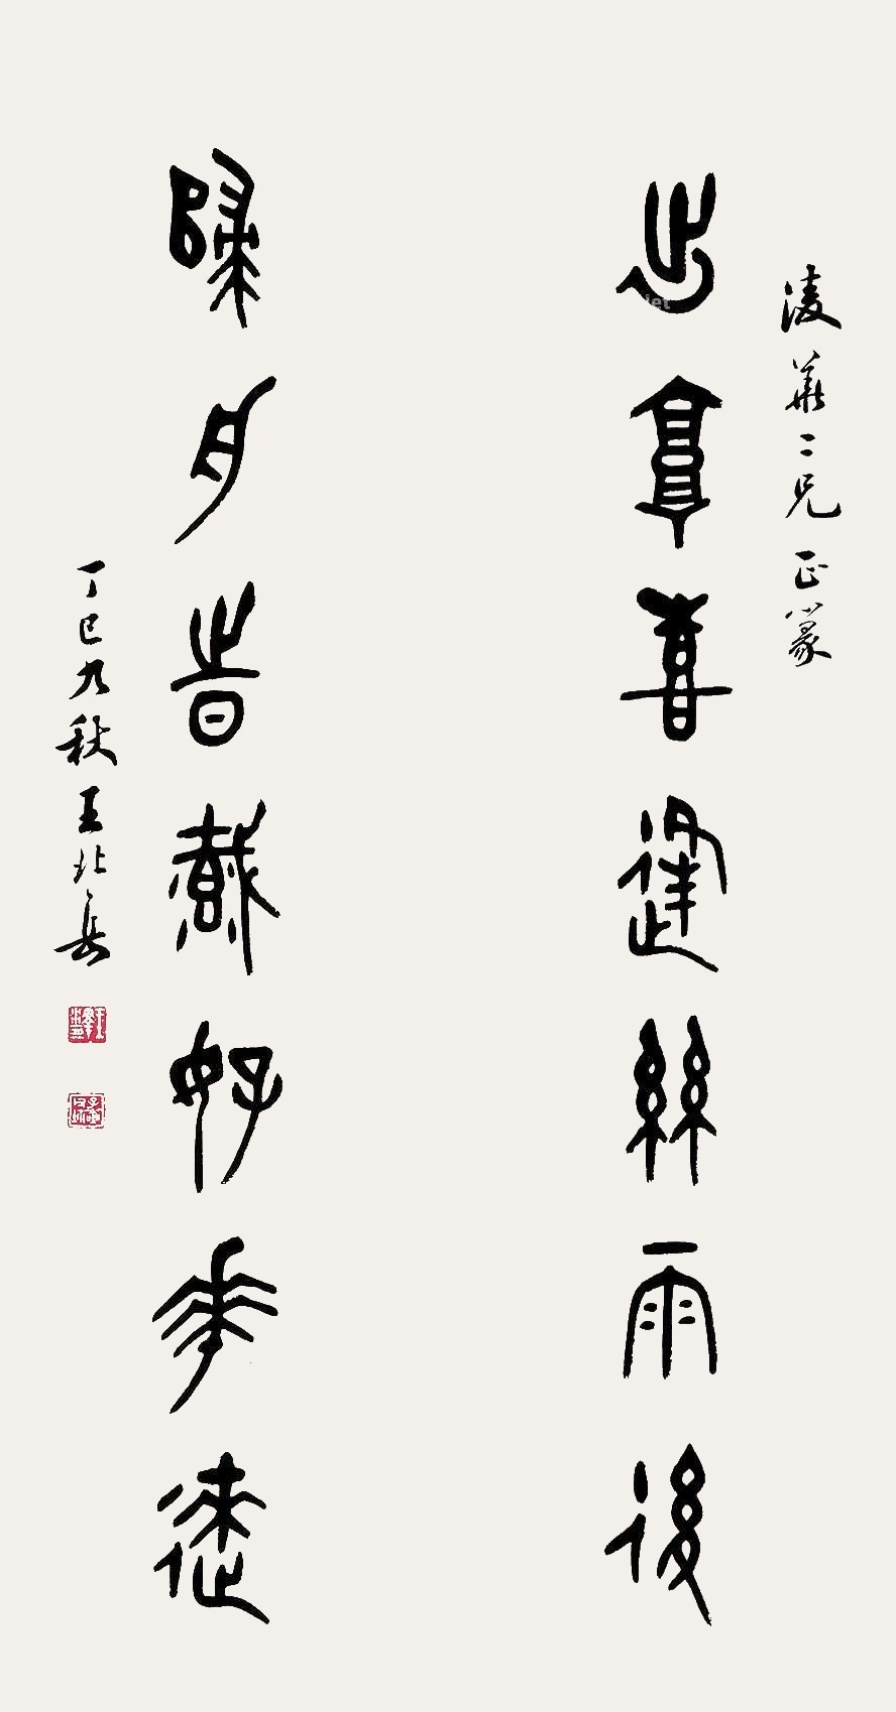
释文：出郭喜逢丝雨后，归舟时载好花来。凌华二兄正篆，丁巳九秋，王北岳。